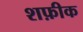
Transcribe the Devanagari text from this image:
शफ़ीक